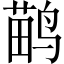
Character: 鹋